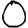
Digit: 0